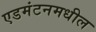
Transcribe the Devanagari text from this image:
एडमंटनमधील